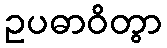
ဥပဓာဝိတွာ